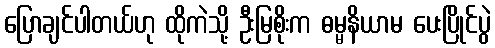
ပြောချင်ပါတယ်ဟု ထိုကဲသို့ ဦးမြစိုးက ဓမ္မနိယာမ ပေးပြိုင်ပွဲ